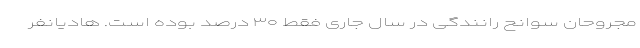
مجروحان سوانح رانندگی در سال جاری فقط ۳۰ درصد بوده است. هادیانفر